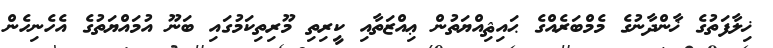
ޚިލާފަތުގެ ޚާންދާނުގެ މެމްބަރެއްގެ ޙައިޘިއްޔަތުން ޢިއްޒަތާއި ކީރިތި މޫރިތިކަމުގައި ބަނޫ އުމައްޔަތުގެ އެހެނިހެން